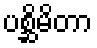
ပစ္ဆိမိတာ